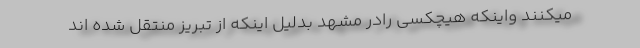
میکنند واینکه هیچکسی رادر مشهد بدلیل اینکه از تبریز منتقل شده اند